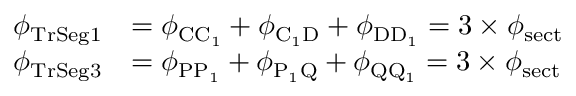
\begin{array} { r l } { \phi _ { \mathrm { T r S e g 1 } } } & { = \phi _ { \mathrm { C C _ { 1 } } } + \phi _ { \mathrm { C _ { 1 } D } } + \phi _ { \mathrm { D D _ { 1 } } } = 3 \times \phi _ { \mathrm { s e c t } } } \\ { \phi _ { \mathrm { T r S e g 3 } } } & { = \phi _ { \mathrm { P P _ { 1 } } } + \phi _ { \mathrm { P _ { 1 } Q } } + \phi _ { \mathrm { Q Q _ { 1 } } } = 3 \times \phi _ { \mathrm { s e c t } } } \end{array}